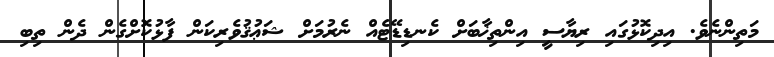
މަތިންނެވެ. އިދިކޮޅުގައި ރިޔާސީ އިންތިޚާބަށް ކެނޑިޑޭޓެއް ނެރުމަށް ޝަޢުޤުވެރިކަން ފާޅުކޮށްގެން ދެން ތިބި